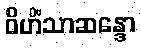
ဝိဟိံသာဆန္ဒော